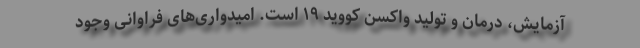
آزمایش، درمان و تولید واکسن کووید ۱۹ است. امیدواری‌های فراوانی وجود